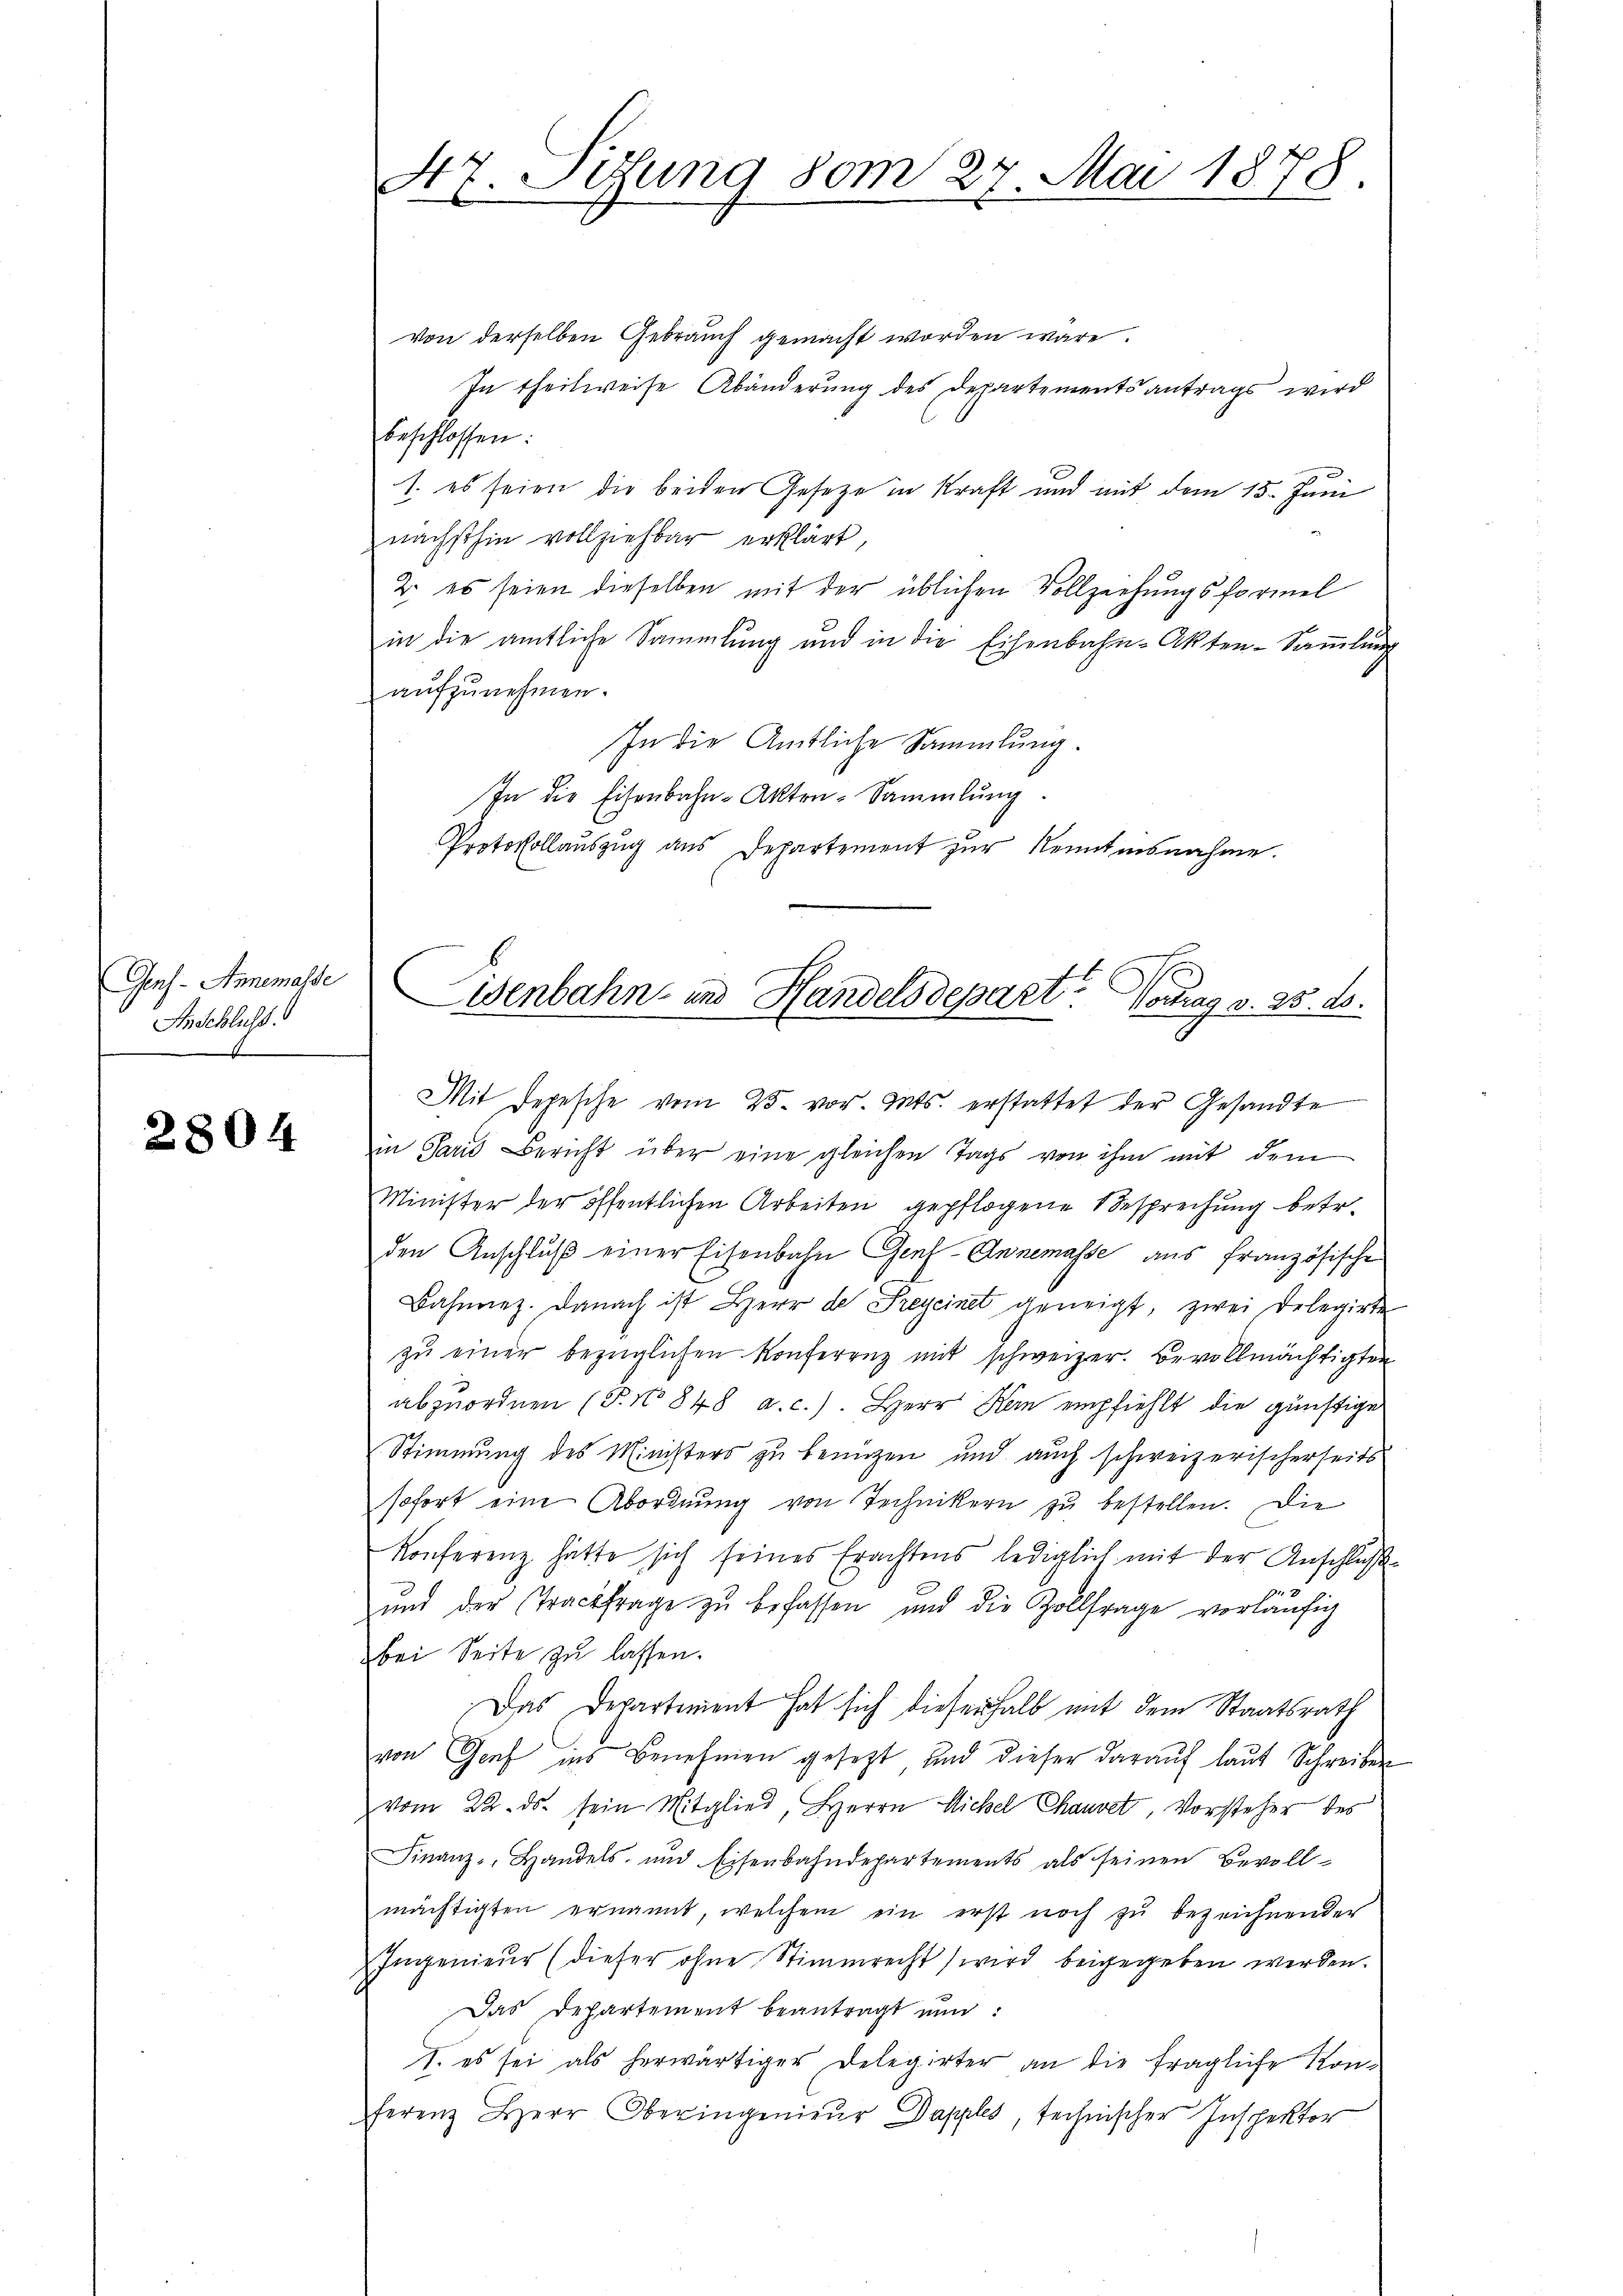
Gens- Annemasse
Anschluss.

2804

47. Sitzung vom 27. Mai 1878.

von derselben Gebrauch gemacht worden wäre.
In theilweise Abänderung des Departementsantrags wird
beschlossen.
1. es seien die beiden Gesetze in Kraft und mit dem 15. Juni
nächsthin vollziehbar erklärt,
2. es seien dieselben mit der üblichen Vollziehungsformel
in die amtliche Sammlung und in die Eisenbahn-Akten-Sammlung
aŭfzŭnehmen.
In die Amtliche Sammlung.
In die Eisenbahn-Akten-Sammlung
Protokollauszug aus Departement zur Kenntnisnahme.
Mit Depesche vom 25. vor. Mts. erstattet der Gesandte
in Paris Bericht über eine gleichen Tags von ihm mit dem
Minister der öffentlichen Arbeiten gepflogene Besprechung betr.
den Anschluß einer Eisenbahn Genf-Annemasse aus französische
Bahnrez. Danach ist Herr de Freycinet geneigt, zwei Delegirte
zŭ einer bezüglichen Konferenz mit schweizer. Bevollmächtigten
abzuordnen (T. No 848 a. c.). Herr Kan empfiehlt die günstige
Stimmung des Ministers zu benuzen und auch schweizerischerseits
sofort eine Abordnung von Technikern zu bestellen. Die
Konferenz hätte sich seines Erachtens lediglich mit der Anschluß
1
und der Trackfrage zŭ befassen und die Zollfrage vorläŭfig
bei Seite zu lassen.
Das Departement hat sich dieserhalb mit dem Staatsrath
von Genf ins Benehmen gesetzt und dieser darauf laut Schreiben
vom 22. ds. sein Mitglied, Herrn Michel Chauset Vorsteher des
Finanz-Handels- und Eisenbahndepartements als seinen Bevoll-
mächtigten ernannt, welchem ein erst noch zŭ bezeichnender
Ingenieur (dieser ohne Stimmrecht wird beigegeben werden.
Das Departement beantragt nun:
1. es sei als herwärtiger Delegirter an die fragliche Konferenz Herr Oberingenieur Dapples, technischer Inspektor

Lisenbahn- und Handelsdepart. Vorag v. 25. ds.